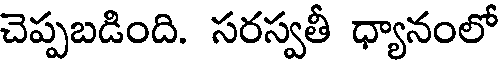
చెప్పబడింది. సరస్వతీ ధ్యానంలో